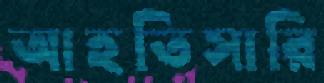
আহতিসারি